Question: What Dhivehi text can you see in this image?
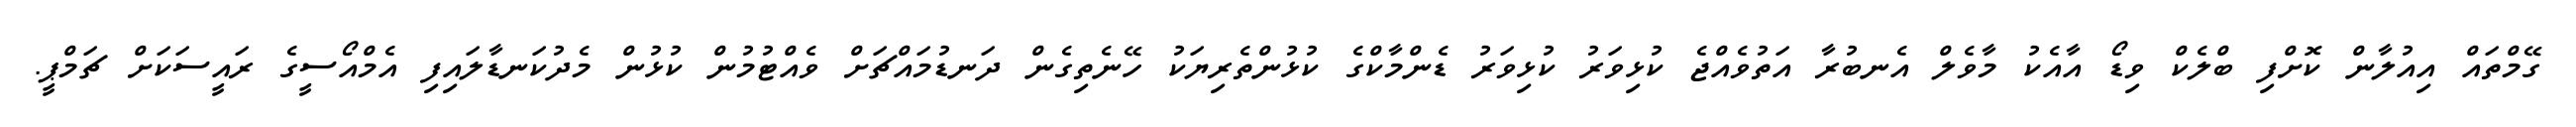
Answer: ގޭމްތައް އިއުލާން ކޮށްފި ބްލެކް ވިޑޯ އާއެކު މާވެލް އެނބުރާ އަތުވެއްޖެ ކުޅިވަރު ކުޅިވަރު ޑެންމާކްގެ ކުޅުންތެރިޔަކު ހޭނެތިގެން ދަނޑުމައްޗަށް ވެއްޓުމުން ކުޅުން މެދުކަނޑާލައިފި އެމްއޯސީގެ ރައީސަކަށް ޗަމްޕީ.